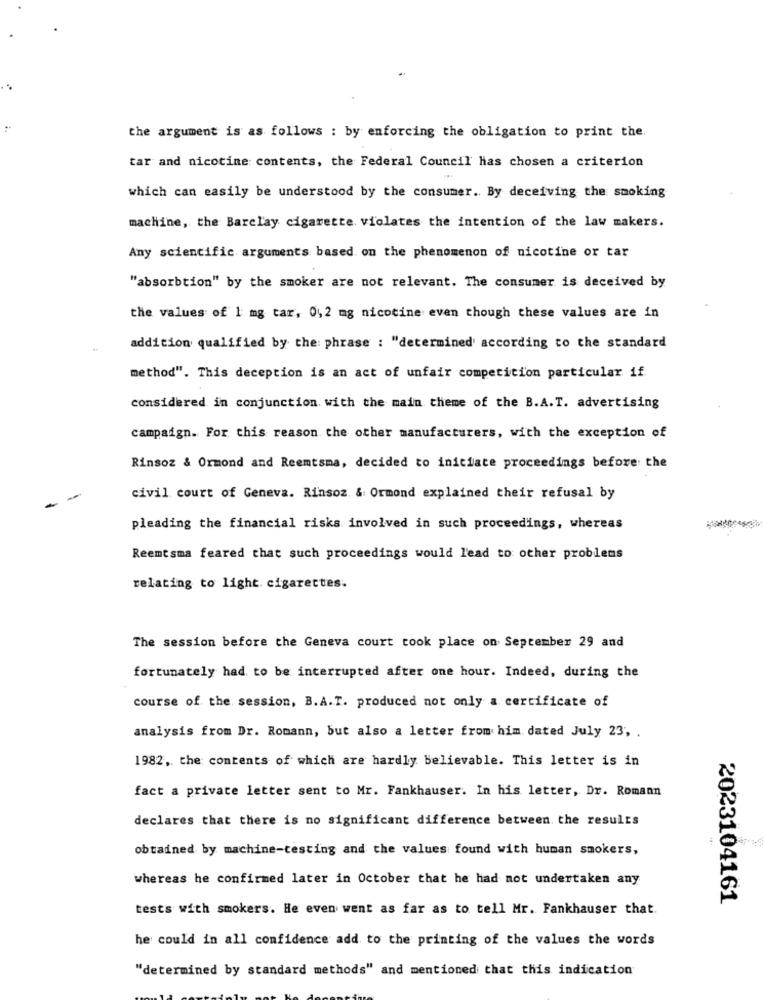
the argument is as follows : by enforcing the obligation to print the
tar and nicotine contents, the Federal Council has chosen a criterion
which can easily be understood by the consumer. By deceiving the smoking
machine, the Barclay cigarette violates the intention of the law makers.
Any scientific arguments based on the phenomenon of nicotine or tar
"absorbtion" by the smoker are not relevant. The consumer is deceived by
the values of 1 mg tar, 0,2 mg nicotine even though these values are in
addition qualified by the: phrase : "determined according to the standard
method". This deception is an act of unfair competition particular if.
considered in conjunction with the main theme of the B.A.T. advertising
campaign. For this reason the other manufacturers, with the exception of
Rinsoz & Ormond and Reemtsma, decided to initiate proceedings before the
civil court of Geneva. Rinsoz & Ormond explained their refusal by
pleading the financial risks involved in such proceedings, whereas
Reemtsma feared that such proceedings would lead to other problems
relating to light. cigarettes.
The session before the Geneva court took place on September 29 and
fortunately had to be interrupted after one hour. Indeed, during the
course of the session, B.A.T. produced not only a certificate of
analysis from Dr. Romann, but also a letter from him dated July 23, .
1982, the contents of which are hardly believable. This letter is in
fact a private letter sent to Mr. Fankhauser. In his letter, Dr. Romann
declares that there is no significant difference between the results
obtained by machine-testing and the values found with human smokers,
whereas he confirmed later in October that he had not undertaken any
2023104161
tests with smokers. He even went as far as to tell Mr. Fankhauser that.
he could in all confidence add to the printing of the values the words
"determined by standard methods" and mentioned that this indication